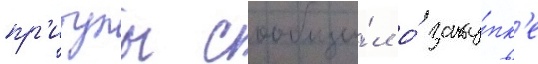
пр'итулы сообщи́л о́ заку́пк'е